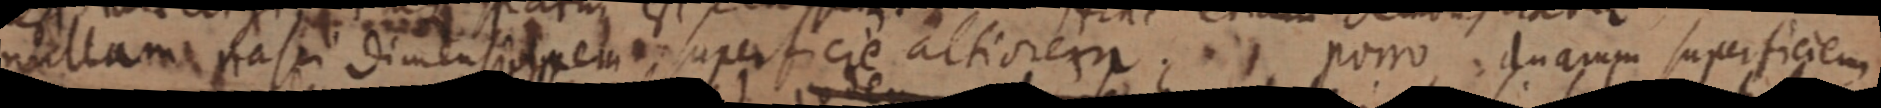
nullam nasi dimensionem superficie altiorem porro duarum superficiem